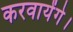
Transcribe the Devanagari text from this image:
करवायेंगे।